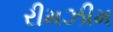
રીમઝીમ